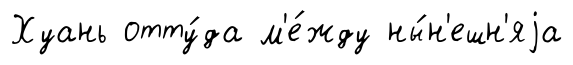
Хуань отту́да м'е́жду ны́н'ешн'яjа